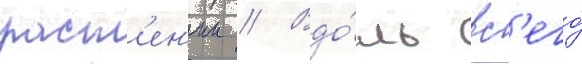
раст'ен'ии // Вдо́ль вс'его́